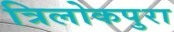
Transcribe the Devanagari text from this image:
त्रिलोकपुरा